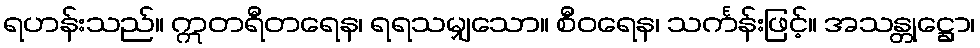
ရဟန်းသည်။ ဣတရီတရေန၊ ရရသမျှသော။ စီဝရေန၊ သင်္ကန်းဖြင့်။ အသန္တုဋ္ဌော၊